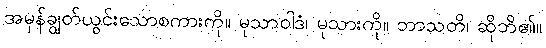
အမှန်ချွတ်ယွင်းသောစကားကို။ မုသာဝါဒံ၊ မုသားကို။ ဘာသတိ၊ ဆိုဘိ၏။